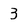
Character: 3